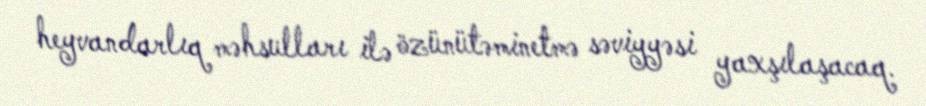
heyvandarlıq məhsulları ilə özünütəminetmə səviyyəsi yaxşılaşacaq.